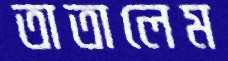
তাতালেম